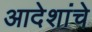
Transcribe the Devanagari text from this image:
आदेशांचे